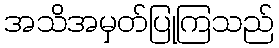
အသိအမှတ်ပြုကြသည်